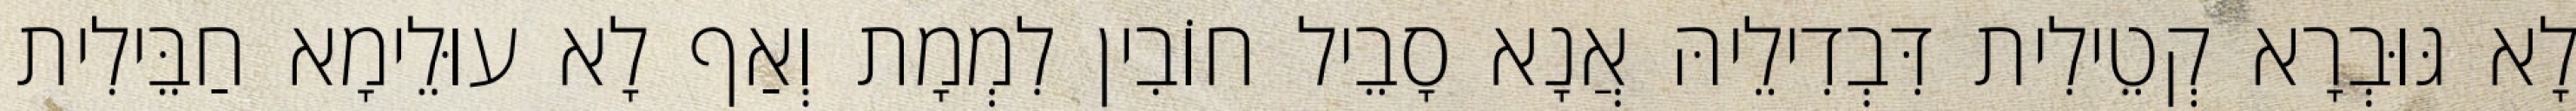
לָא גּוּבְרָא קְטֵילִית דִּבְדִילֵיהּ אֲנָא סָבֵיל חוֹבִין לִמְמָת וְאַף לָא עוּלֵימָא חַבֵּילִית